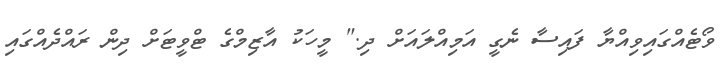
ވޯޓެއްގައިވިއްޔާ ފައިސާ ނެގީ އަމިއްލައަށް ދި." މީހަކު އާޒިމްގެ ޓްވީޓަށް ދިން ރައްދެއްގައި